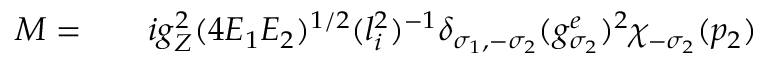
\begin{array} { r l r } { { \cal M } = } & { { } } & { i g _ { Z } ^ { 2 } ( 4 E _ { 1 } E _ { 2 } ) ^ { 1 / 2 } ( l _ { i } ^ { 2 } ) ^ { - 1 } \delta _ { \sigma _ { 1 } , - \sigma _ { 2 } } ( g _ { \sigma _ { 2 } } ^ { e } ) ^ { 2 } \chi _ { - \sigma _ { 2 } } ( p _ { 2 } ) } \end{array}